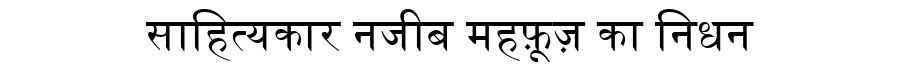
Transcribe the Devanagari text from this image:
साहित्यकार नजीब महफ़ूज़ का निधन